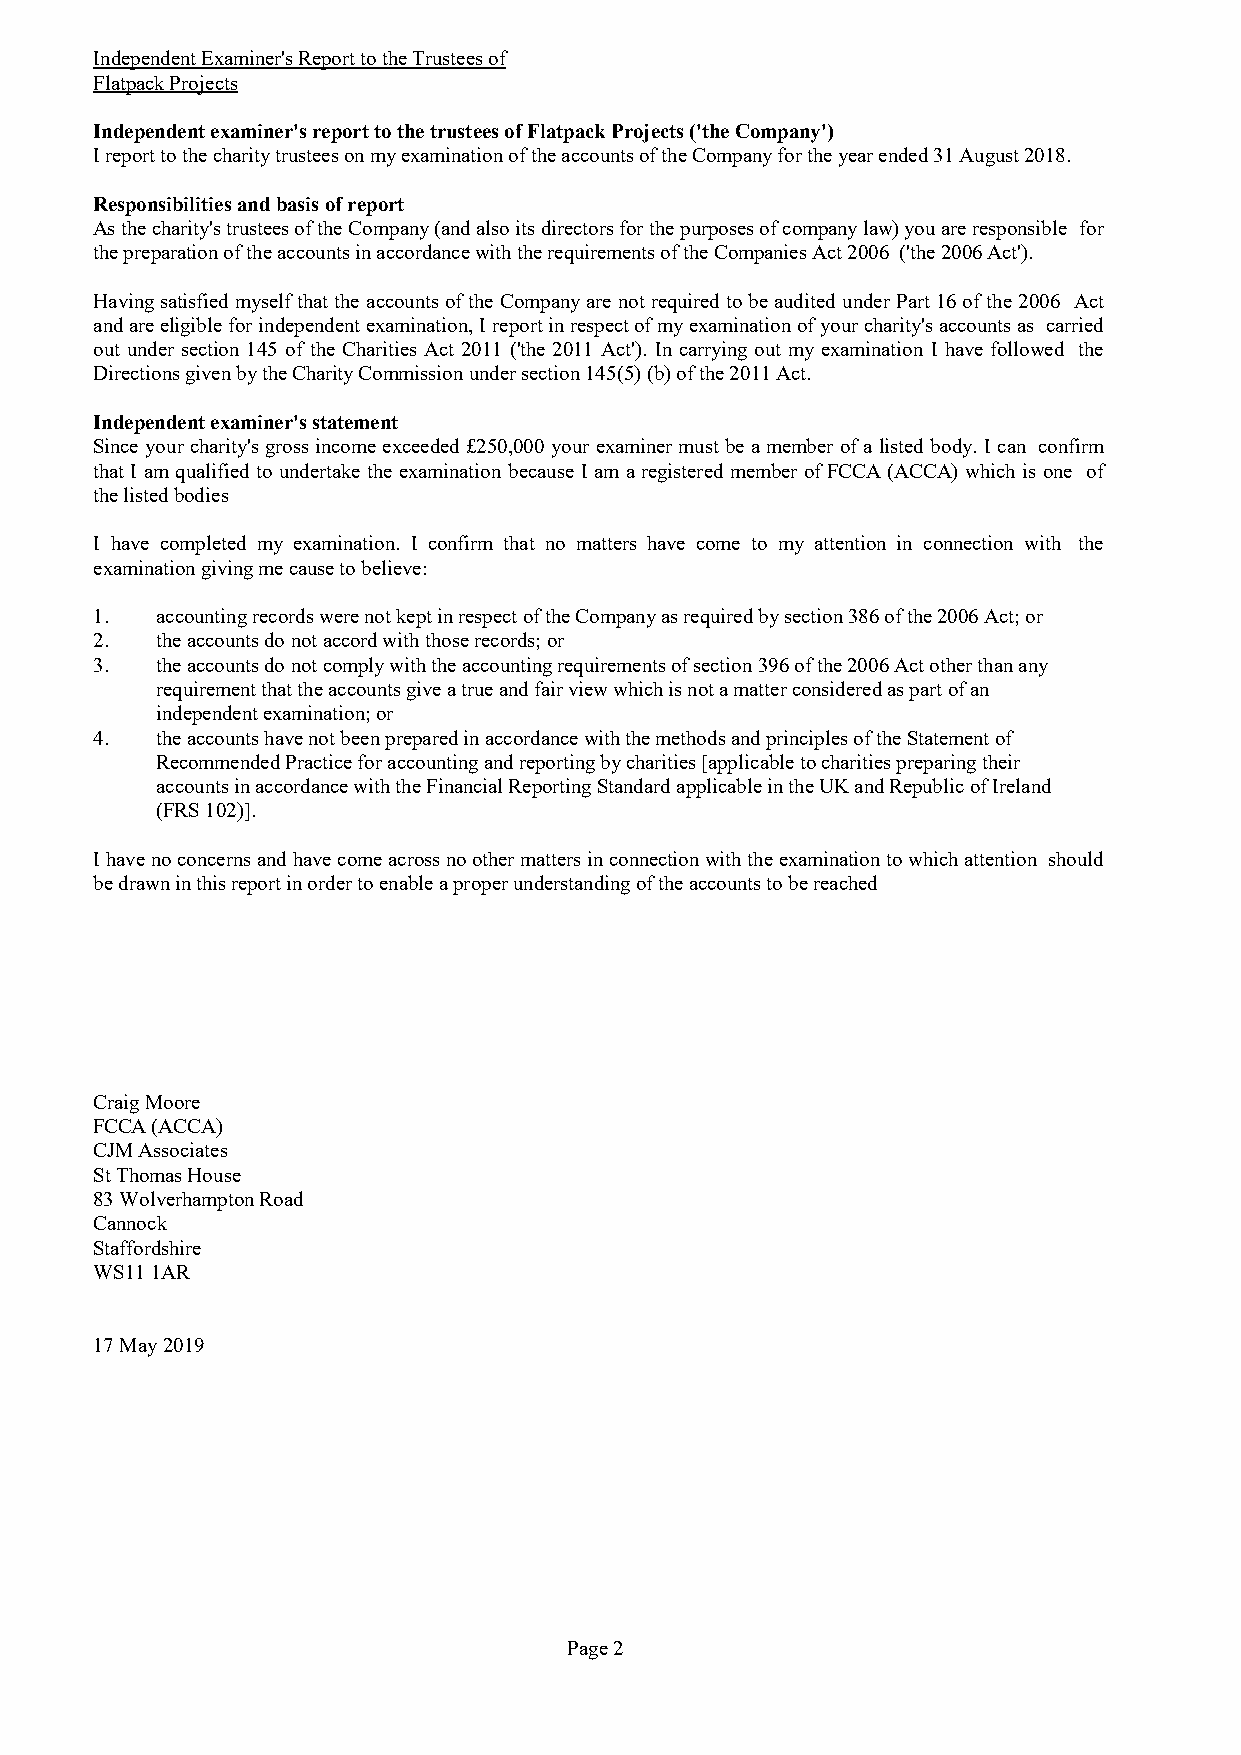
Independent Examiner's Report to the Trustees of
 Flatpack Projects
 Independent examiner's report to the trustees of Flatpack Projects ('the Company')
 I report to the charity trustees on my examination of the accounts of the Company for the year ended 31 August 2018.
 Responsibilities and basis of report
 Asthecharity'strusteesoftheCompany(andalsoitsdirectorsforthepurposesofcompanylaw)youareresponsible for
 the preparation of the accounts in accordance with the requirements of the Companies Act 2006 ('the 2006 Act').
 Havingsatisfied myselfthatthe accounts ofthe Companyare not required tobeaudited underPart 16 ofthe2006 Act
 andareeligibleforindependentexamination, Ireportinrespectofmyexaminationofyourcharity'saccountsas carried
 out under section 145 of the Charities Act 2011 ('the 2011 Act'). In carrying out my examination I have followed the
 Directions given by the Charity Commission under section 145(5) (b) of the 2011 Act.
 Independent examiner's statement
 Since yourcharity'sgross incomeexceeded £250,000 your examinermust be amember ofa listed body. Ican confirm
 that I amqualified to undertake the examination because I am aregistered member of FCCA (ACCA) which is one of
 the listed bodies
 I have completed my examination. I confirm that no matters have come to my attention in connection with the
 examination giving me cause to believe:
 1.  accounting records were not kept in respect of the Company as required by section 386 of the 2006 Act; or
 2.  the accounts do not accord with those records; or
 3.  the accounts do not comply with the accounting requirements of section 396 of the 2006 Act other than any
 requirement that the accounts give a true and fair view which is not a matter considered as part of an
 independent examination; or
 4.  the accounts have not been prepared in accordance with the methods and principles of the Statement of
 Recommended Practice for accounting and reporting by charities [applicable to charities preparing their
 accounts in accordance with the Financial Reporting Standard applicable in the UK and Republic of Ireland
 (FRS 102)].
 Ihavenoconcernsandhavecomeacrossnoothermattersinconnectionwiththeexaminationtowhichattention should
 be drawn in this report in order to enable a proper understanding of the accounts to be reached
 Craig Moore
 FCCA (ACCA)
 CJM Associates
 St Thomas House
 83 Wolverhampton Road
 Cannock
 Staffordshire
 WS11 1AR
 17 May 2019
 Page 2